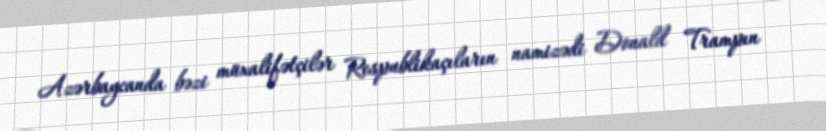
Azərbaycanda bəzi müxalifətçilər Respublikaçıların namizədi Donald Trampın